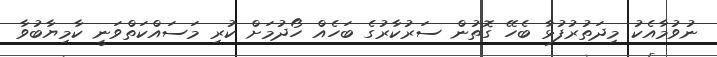
ނުވުމާއެކު މިދަތުރުފުޅާ ބެހޭ ގޮތުން ސަރުކާރުގެ ބަހެއް ހޯދުމަށް ކުރި މަސައްކަތްވަނީ ކާމިޔާބުވާ